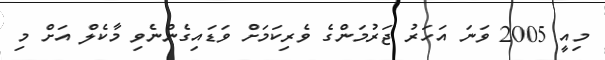
މިއީ 2005 ވަނަ އަހަރު ޖަރުމަންގެ ވެރިކަމަށް ވަޑައިގެންނެވި މާކެލް އަށް މި